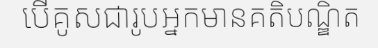
បើគូសជារូបអ្នកមានគតិបណ្ឌិត